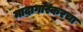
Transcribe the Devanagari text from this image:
मादागास्करचा